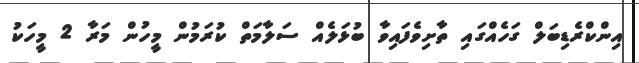
އިންކްރެޑިބަލް ގަހެއްގައި ތާށިވެފައިވާ ބުޅަލެއް ސަލާމަތް ކުރަމުން މީހުން މަރާ 2 މީހަކު